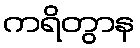
ကရိတွာန